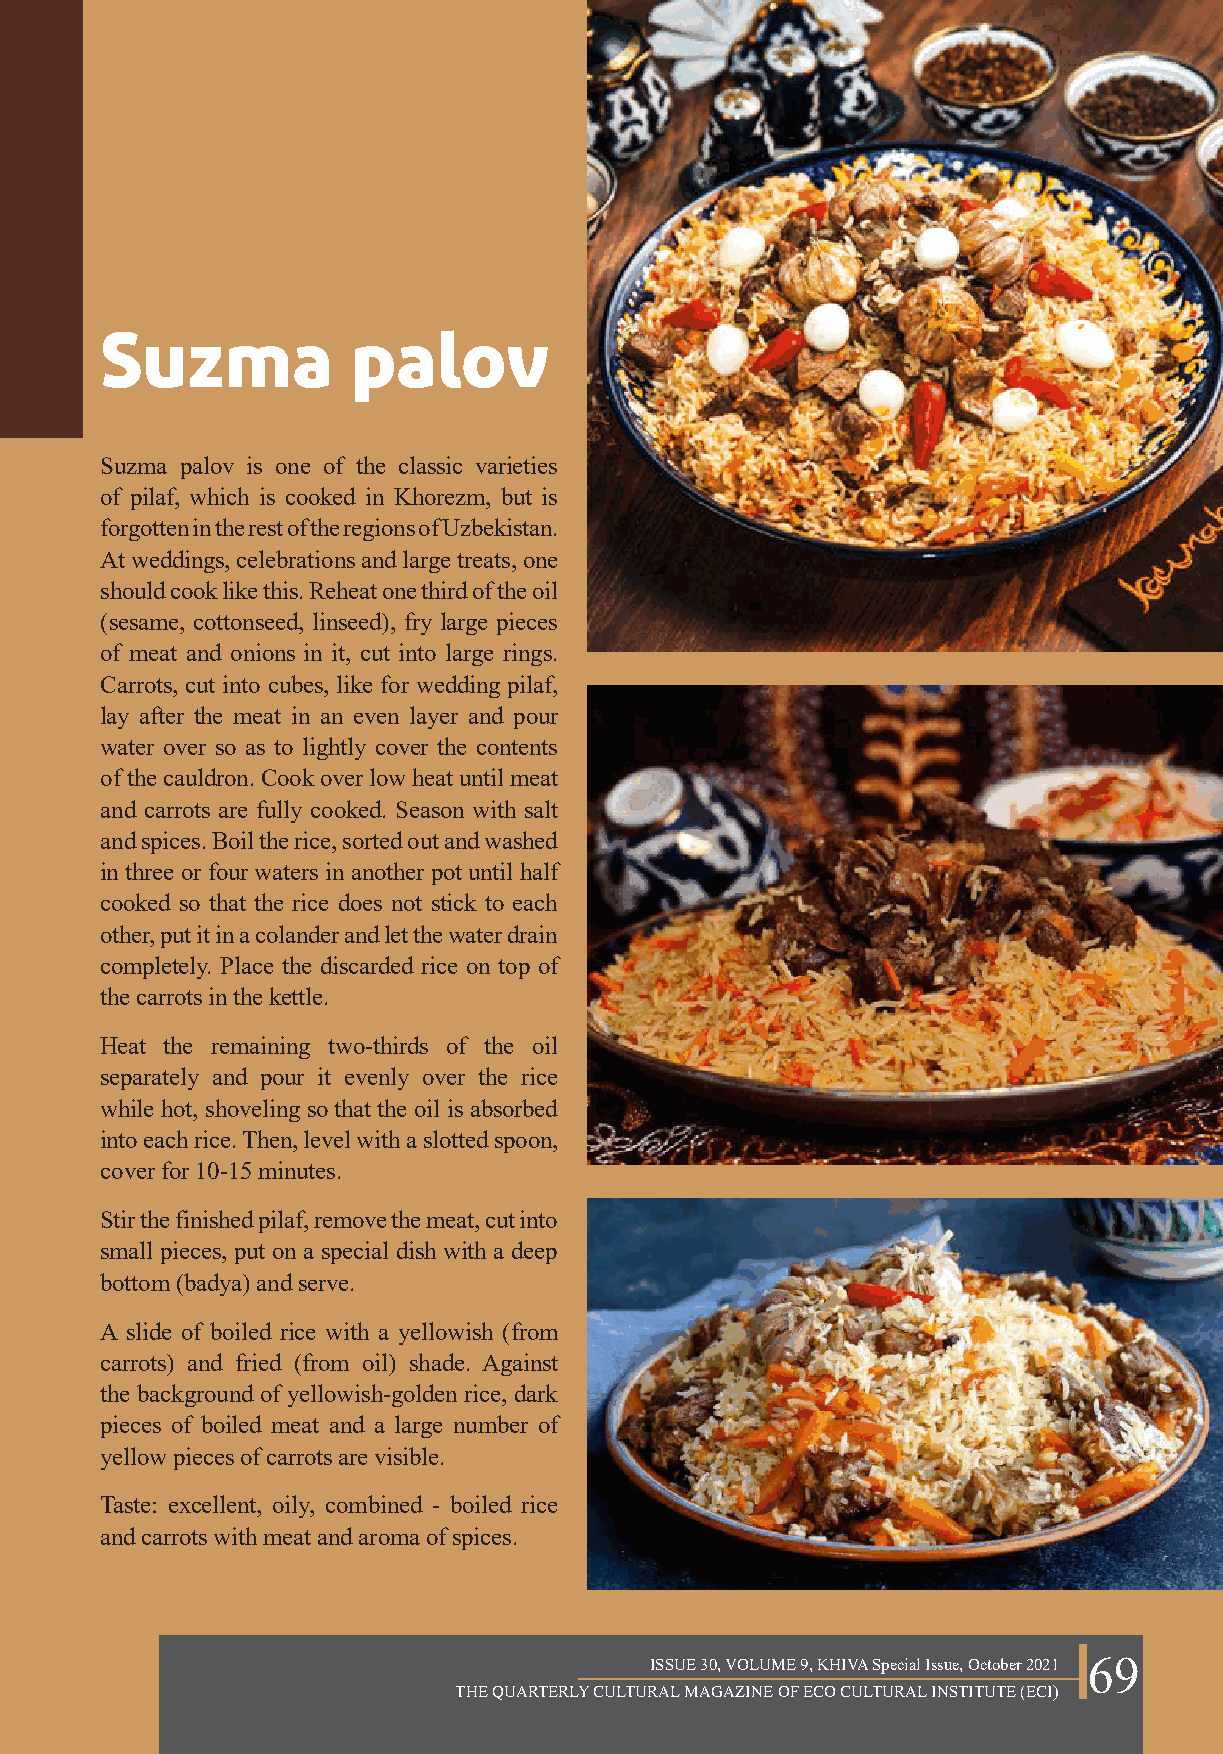
Suzma           palov
 Suzma palov is one of the classic varieties
 of pilaf, which is cooked in Khorezm, but is
 forgotten in the rest of the regions of Uzbekistan.
 At weddings, celebrations and large treats, one
 should cook like this. Reheat one third of the oil
 (sesame, cottonseed, linseed), fry large pieces
 of meat and onions in it, cut into large rings.
 Carrots, cut into cubes, like for wedding pilaf,
 lay after the meat in an even layer and pour
 water over so as to lightly cover the contents
 of the cauldron. Cook over low heat until meat
 and carrots are fully cooked. Season with salt
 and spices. Boil the rice, sorted out and washed
 in three or four waters in another pot until half
 cooked so that the rice does not stick to each
 other, put it in a colander and let the water drain
 completely. Place the discarded rice on top of
 the carrots in the kettle.
 Heat the remaining two-thirds of the oil
 separately and pour it evenly over the rice
 while hot, shoveling so that the oil is absorbed
 into each rice. Then, level with a slotted spoon,
 cover for 10-15 minutes.
 Stir the finished pilaf, remove the meat, cut into
 small pieces, put on a special dish with a deep
 bottom (badya) and serve.
 A slide of boiled rice with a yellowish (from
 carrots) and fried (from oil) shade. Against
 the background of yellowish-golden rice, dark
 pieces of boiled meat and a large number of
 yellow pieces of carrots are visible.
 Taste: excellent, oily, combined - boiled rice
 and carrots with meat and aroma of spices.
 ISSUE 30, VOLUME 9, KHIVA Special Issue, October 2021 69
 THE QUARTERLY CULTURAL MAGAZINE OF ECO CULTURAL INSTITUTE (ECI)